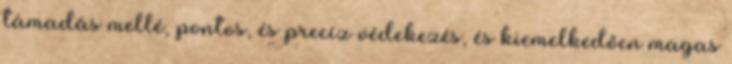
támadás mellé, pontos, és precíz védekezés, és kiemelkedően magas